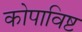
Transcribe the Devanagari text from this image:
कोपाविष्ट